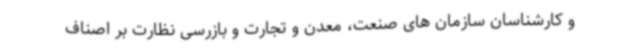
و کارشناسان سازمان های صنعت، معدن و تجارت و بازرسی نظارت بر اصناف